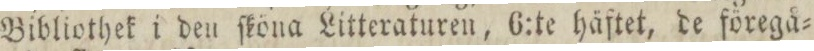
Bibliothek i den ſköna Litteraturen, 6:te häftet, de föregå=